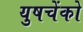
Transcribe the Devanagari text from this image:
युषचेंको